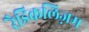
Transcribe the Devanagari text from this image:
रैडिकलिज़म